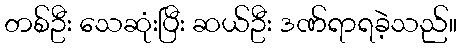
တစ်ဦး သေဆုံးပြီး ဆယ်ဦး ဒဏ်ရာရခဲ့သည်။